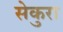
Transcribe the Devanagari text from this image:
सेकुरा